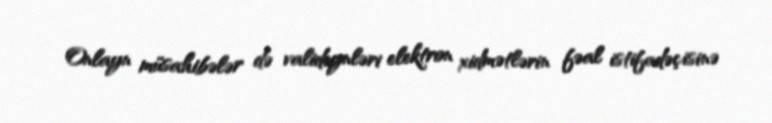
Onlayn müsahibələr də valideynləri elektron xidmətlərin fəal istifadəçisinə